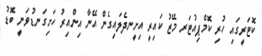
ކޮޓަރީގައި ހުރި ކޮމްޕިއުޓަރ މޭޒު ކައިރީ އިށީނދެލައިގެން އޭނާ އިންއިރު ހަށިގަނޑުވަނީ ބޮޑު